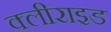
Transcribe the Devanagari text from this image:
क्लीराइड